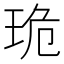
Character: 𤥕